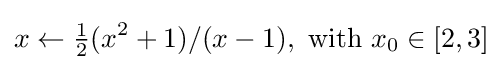
x\gets {\tfrac {1}{2}}(x^{2}+1)/(x-1),{\text{ with }}x_{0}\in [2,3]